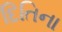
દિતિના